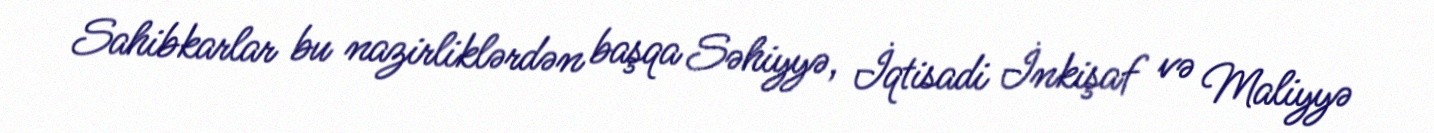
Sahibkarlar bu nazirliklərdən başqa Səhiyyə, İqtisadi İnkişaf və Maliyyə